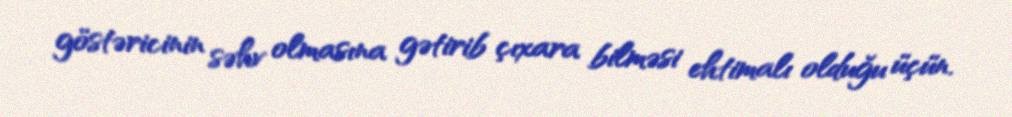
göstəricinin səhv olmasına gətirib çıxara bilməsi ehtimalı olduğu üçün.